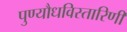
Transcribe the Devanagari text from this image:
पुण्यौधविस्तारिणी